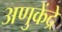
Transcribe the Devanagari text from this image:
अणुकेंद्रे